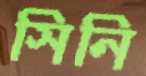
সিনি